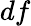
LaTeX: df